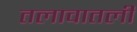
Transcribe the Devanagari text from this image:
तलावातली